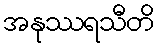
အနုဿရသီတိ